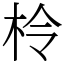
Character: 柃